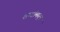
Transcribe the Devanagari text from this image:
शब्दांमधून